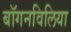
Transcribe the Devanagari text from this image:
बॉगनविलिया